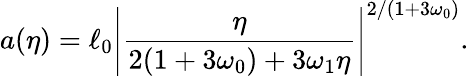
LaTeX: a(\eta)=\ell_{0}\left|\frac{\eta}{2(1+3\omega_{0})+3\omega_{1}\eta}\right|^{2/(1+3\omega_{0})}.